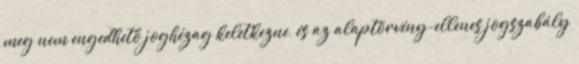
meg nem engedhető joghézag keletkezne, és az alaptörvény-ellenes jogszabály